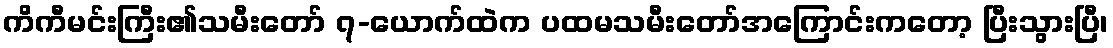
ကိကီမင်းကြီး၏သမီးတော် ၇-ယောက်ထဲက ပထမသမီးတော်အကြောင်းကတော့ ပြီးသွားပြီ၊